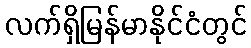
လက်ရှိမြန်မာနိုင်ငံတွင်